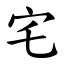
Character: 宅